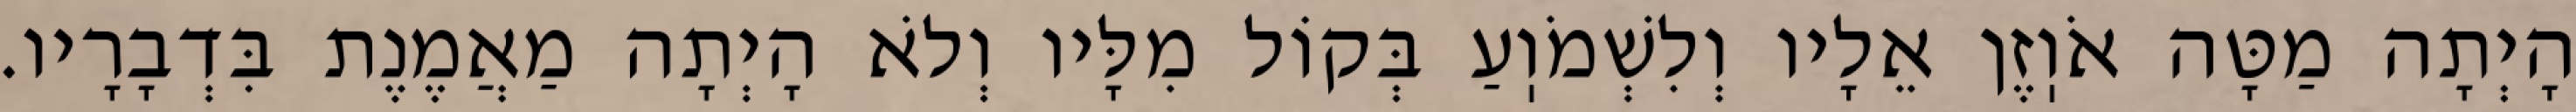
הָיְתָה מַטָּה אֹוֽזֶן אֵלָיו וְלִשְׁמֹוֽעַ בְּקוֹל מִלָּיו וְלֹא הָיְתָה מַאֲמֶנֶת בִּדְבָרָיו.